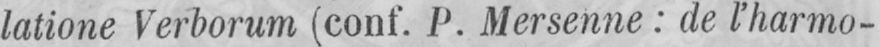
latione Verborum (conf. P. Mersenne: de l’harmo-